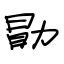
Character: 勖